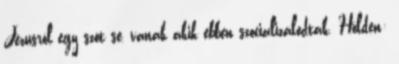
Jézusról egy szót se, vanak akik ebben szocializálódtak. Holden: